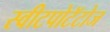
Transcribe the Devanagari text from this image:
स्वीटपोटॅटोज